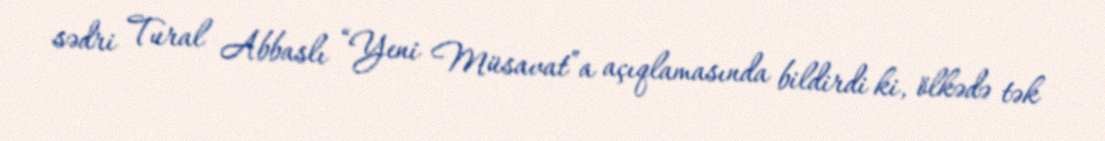
sədri Tural Abbaslı “Yeni Müsavat”a açıqlamasında bildirdi ki, ölkədə tək